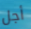
أجل